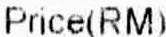
PRICE(RM)